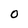
Character: O